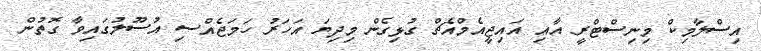
އިސްލާމިކް މިނިސްޓްރީ އާއި އައިޖީއެމްއެޗް ގުޅިގެން މިދިޔަ އަހަރު ހަމަޖެއްސި އުސޫލުގައިވާ ގޮތުން